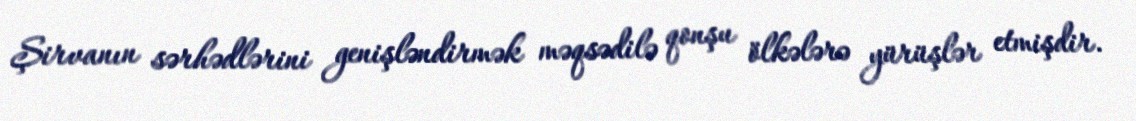
Şirvanın sərhədlərini genişləndirmək məqsədilə qonşu ölkələrə yürüşlər etmişdir.